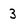
Character: 3